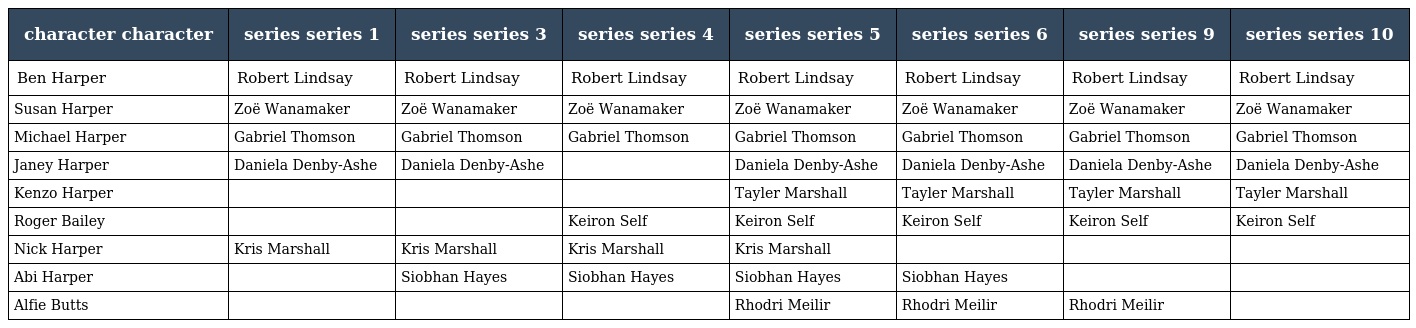
| character character | series series 1 | series series 3 | series series 4 | series series 5 | series series 6 | series series 9 | series series 10 |
 | --- | --- | --- | --- | --- | --- | --- | --- |
 | Ben Harper | Robert Lindsay | Robert Lindsay | Robert Lindsay | Robert Lindsay | Robert Lindsay | Robert Lindsay | Robert Lindsay |
 | Susan Harper | Zoë Wanamaker | Zoë Wanamaker | Zoë Wanamaker | Zoë Wanamaker | Zoë Wanamaker | Zoë Wanamaker | Zoë Wanamaker |
 | Michael Harper | Gabriel Thomson | Gabriel Thomson | Gabriel Thomson | Gabriel Thomson | Gabriel Thomson | Gabriel Thomson | Gabriel Thomson |
 | Janey Harper | Daniela Denby-Ashe | Daniela Denby-Ashe |  | Daniela Denby-Ashe | Daniela Denby-Ashe | Daniela Denby-Ashe | Daniela Denby-Ashe |
 | Kenzo Harper |  |  |  | Tayler Marshall | Tayler Marshall | Tayler Marshall | Tayler Marshall |
 | Roger Bailey |  |  | Keiron Self | Keiron Self | Keiron Self | Keiron Self | Keiron Self |
 | Nick Harper | Kris Marshall | Kris Marshall | Kris Marshall | Kris Marshall |  |  |  |
 | Abi Harper |  | Siobhan Hayes | Siobhan Hayes | Siobhan Hayes | Siobhan Hayes |  |  |
 | Alfie Butts |  |  |  | Rhodri Meilir | Rhodri Meilir | Rhodri Meilir |  |